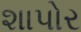
શાપોર